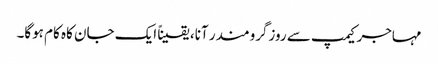
مہاجر کیمپ سے روزگرومندر آنا، یقیناً ایک جان کاہ کام ہوگا۔